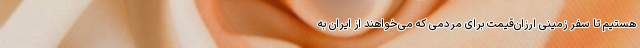
هستیم تا سفر زمینی ارزان‌قیمت برای مردمی که می‌خواهند از ایران به